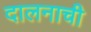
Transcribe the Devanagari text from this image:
दालनाची